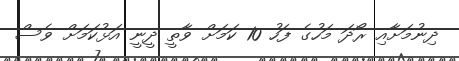
ދިނުމަށާއި ރޯދަ މަހުގެ ފަހު 10 ކަމަށް ވާތީީ ދީނީ އަޅުކަމަށް ވެސް